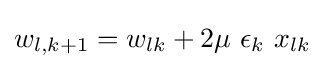
w_{l,k+1}=w_{lk}+2\mu \ \epsilon _{k}\ x_{lk}